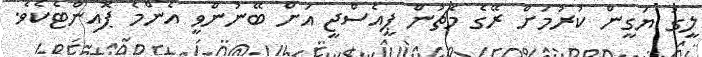
ލީގު ޔަގީން ކުރުމަށް ރޭގެ މެޗުން ޕީއެސްޖީ އަށް ބޭނުންވީ އެންމެ ޕޮއިންޓެކެވެ.